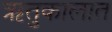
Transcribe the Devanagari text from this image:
ऋतुकालात